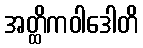
အတ္ထိကဝါဒေါတိ